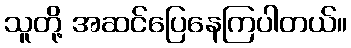
သူတို့ အဆင်ပြေနေကြပါတယ်။